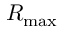
R _ { \mathrm { m a x } }